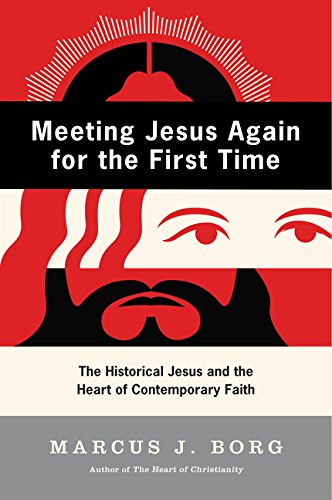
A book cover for Meeting Jesus Again for the First Time: The Historical Jesus and the Heart of Contemporary Faith; Marcus J. Borg; Christian Books & Bibles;